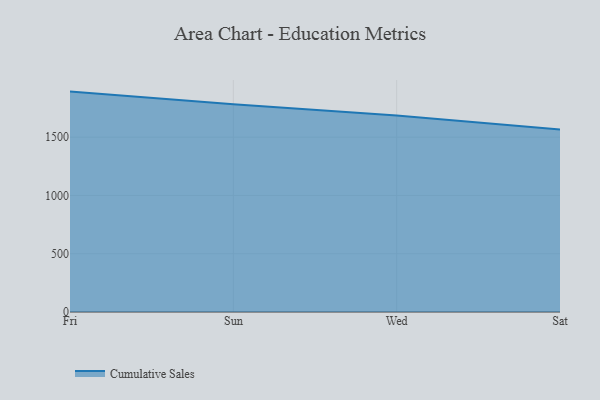
{"axis": {"x": "Day", "y": "Tickets Resolved"}, "legend": ["Cumulative Sales"], "data": [{"x": "Fri", "y": 1890.9, "type": "Cumulative Sales"}, {"x": "Sun", "y": 1783.2, "type": "Cumulative Sales"}, {"x": "Wed", "y": 1686.4, "type": "Cumulative Sales"}, {"x": "Sat", "y": 1565.5, "type": "Cumulative Sales"}]}